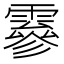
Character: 𩅙